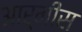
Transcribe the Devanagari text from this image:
आर्मीस